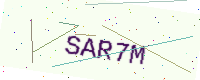
Text: SAR7M